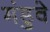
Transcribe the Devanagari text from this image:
मंडुवे